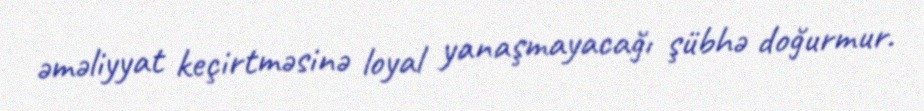
əməliyyat keçirtməsinə loyal yanaşmayacağı şübhə doğurmur.